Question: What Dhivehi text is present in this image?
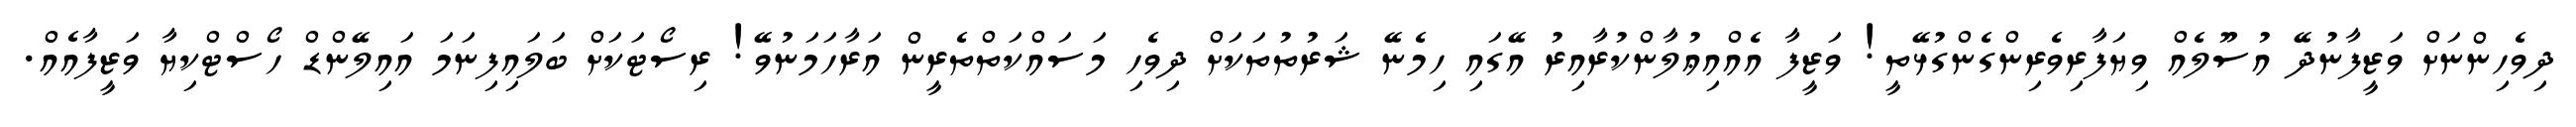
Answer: ދިވެހިންނަށް ވަޒީފާނުދޭ އުސޫލެއް ވިޔަފާރިވެރިންގެންގުޅޭތީ! ވަޒީފާ އެއްއިޢުލާންކުރާއިރު އޭގައި ހިމެނޭ ޝަރުތުތަކަށް ދިވެހި މަސައްކަތްތެރީން އަރާހަމަނުވޭ! ރިސޯޓަކަށް ބަލައިފިނަމަ އައިލޭންޑް ހޯސްޓްކިޔާ ވަޒީފާއެއް.